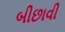
બીછાવી